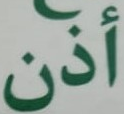
أذن